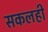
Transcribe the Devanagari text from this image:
सकलही